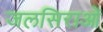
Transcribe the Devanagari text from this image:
जलसिराओं